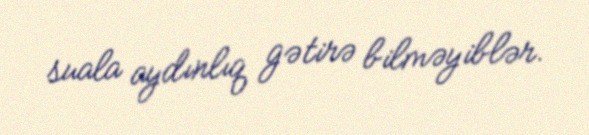
suala aydınlıq gətirə bilməyiblər.